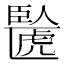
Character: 𫇉